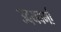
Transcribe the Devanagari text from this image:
उदयवर्मा